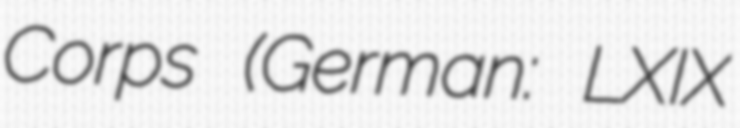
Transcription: Corps (German: LXIX